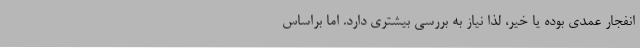
انفجار عمدی بوده یا خیر، لذا نیاز به بررسی بیشتری دارد. اما براساس